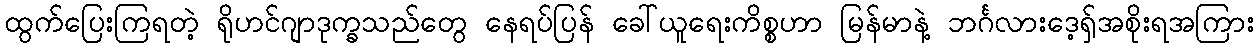
ထွက်ပြေးကြရတဲ့ ရိုဟင်ဂျာဒုက္ခသည်တွေ နေရပ်ပြန် ခေါ်ယူရေးကိစ္စဟာ မြန်မာနဲ့ ဘင်္ဂလားဒေ့ရ်ှအစိုးရအကြား